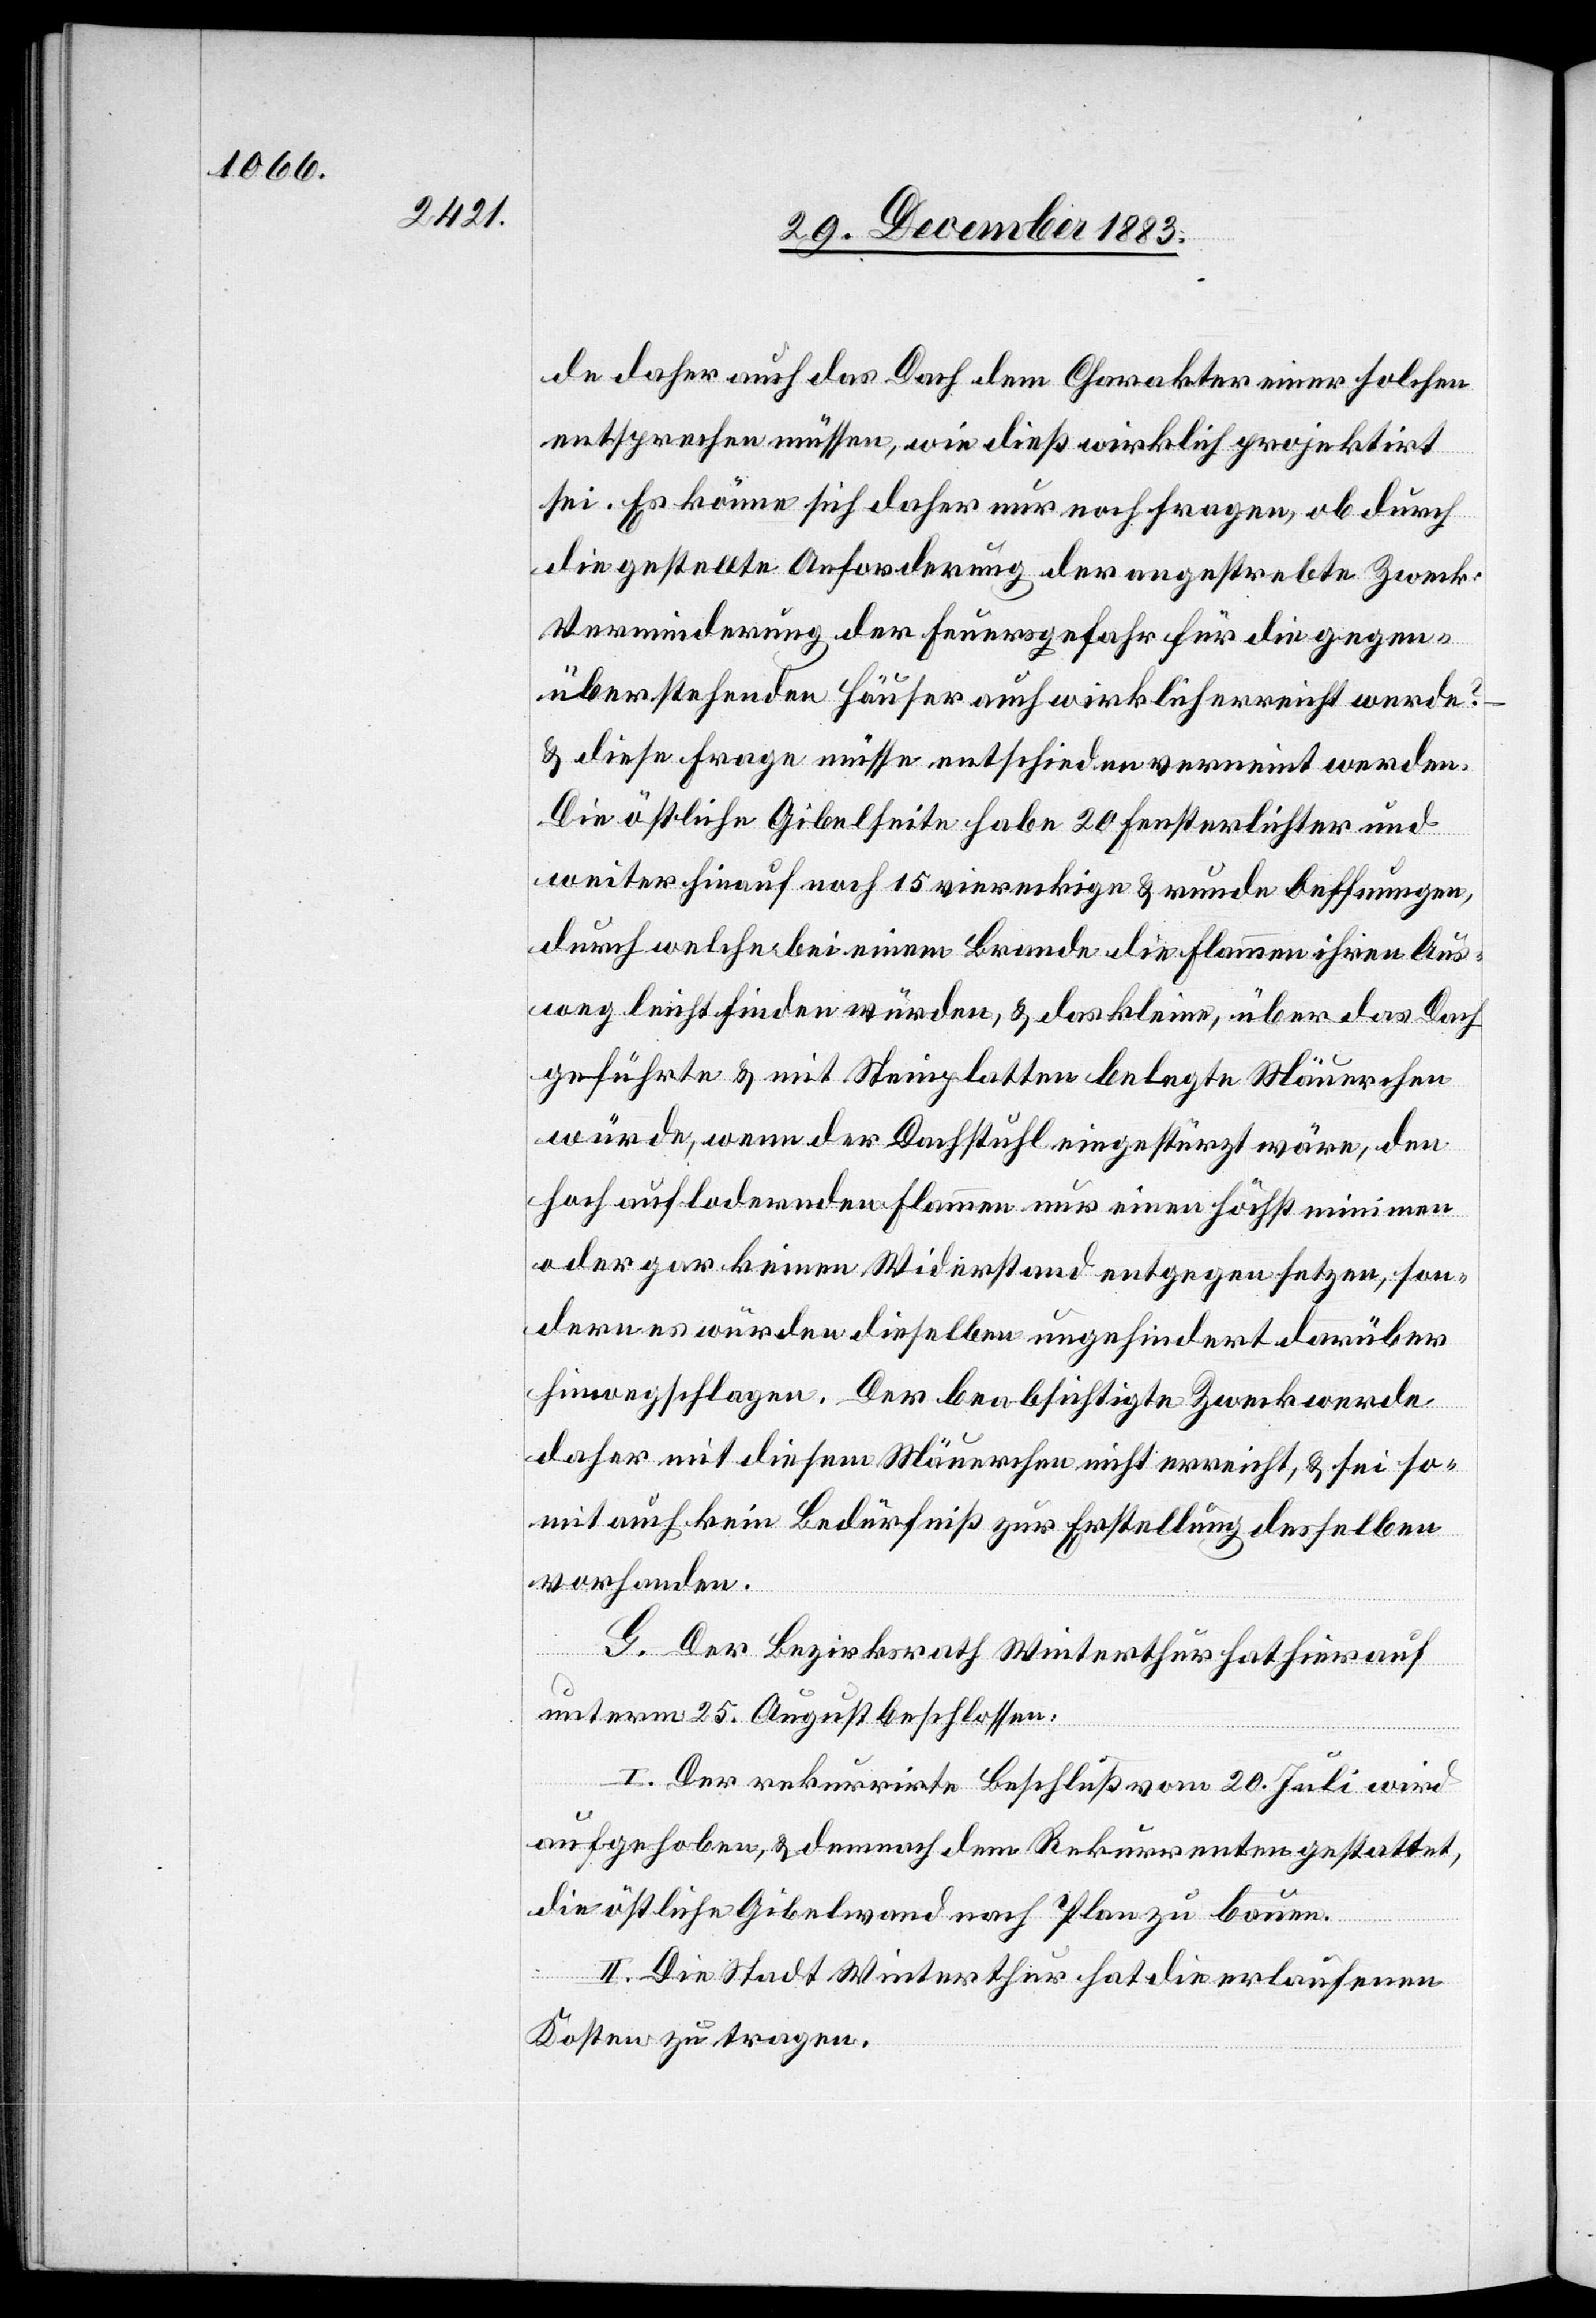
de daher auch das Dach dem Charakter einer solchen
entsprechen müssen, wie dieß wirklich projektirt
sei. Es könne sich daher nur noch fragen, ob durch
die gestellte Anforderung der angestrebte Zweck
Verminderung der Feuergefahr für die gegen¬
überstehenden Häuser auch wirklich erreicht werde?
& diese Frage müsse entschieden verneint werden.
Die östliche Gibelseite habe 20 Fensterlichter und
weiter hinauf noch 15 viereckige & runde Oeffnungen,
durch welche bei einem Brande die Flammen ihren Aus¬
weg leicht finden würden & das kleine, über das Dach
geführte & mit Steinplatten belegte Mäuerchen
würde, wenn der Dachstuhl eingestürzt wäre, den
hoch auf lodernden Flammen nur einen höchst minimen
oder gar keinen Widerstand entgegensetzen, son¬
dern es würden dieselben ungehindert darüber
hinwegschlagen. Der beabsichtigte Zweck werde
daher mit diesem Mäuerchen nicht erreicht, & sei so¬
mit auch kein Bedürfniß zur Erstellung desselben
vorhanden.
G. Der Bezirksrath Winterthur hat hierauf
unterm 25. August beschlossen:
I. Der Rekurrirte Beschluß vom 20. Juli wird
aufgehoben, & demnach dem Rekurrenten gestattet,
die östliche Gibelwand nach Plan zu bauen.
II. Die Stadt Winterthur hat die erlaufene
Kosten zu tragen.